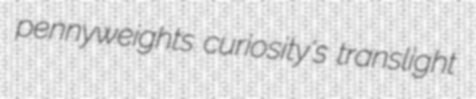
pennyweights curiosity's translight